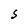
Character: S